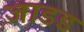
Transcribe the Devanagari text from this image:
जाडड